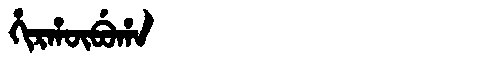
Manchu: ᡥᡳᡵᡥᡡᠪᡠᡥᠠ
Romanization: HIRHŪBUHA